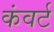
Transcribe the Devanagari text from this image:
कंवर्ट